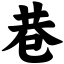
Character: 巷